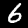
Digit: 6